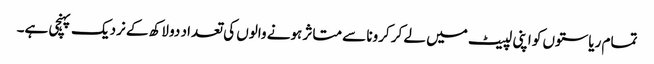
تمام ریاستوں کو اپنی لپیٹ میں لے کر کرونا سے متاثر ہونے والوں کی تعداد دو لاکھ کے نردیک پہنچی ہے۔